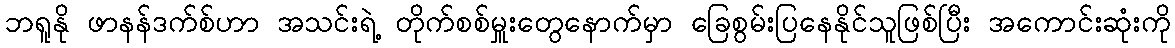
ဘရူနို ဖာနန်ဒက်စ်ဟာ အသင်းရဲ့ တိုက်စစ်မှူးတွေနောက်မှာ ခြေစွမ်းပြနေနိုင်သူဖြစ်ပြီး အကောင်းဆုံးကို